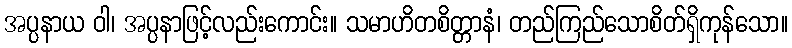
အပ္ပနာယ ဝါ၊ အပ္ပနာဖြင့်လည်းကောင်း။ သမာဟိတစိတ္တာနံ၊ တည်ကြည်သောစိတ်ရှိကုန်သော။